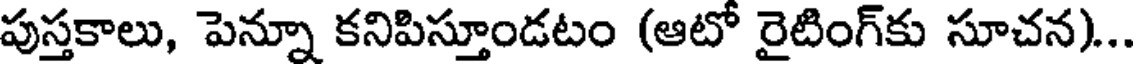
పుస్తకాలు, పెన్నూ కనిపిస్తూండటం (ఆటో రైటింగ్కు సూచన)..